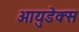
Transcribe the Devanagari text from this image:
आयुडेक्स